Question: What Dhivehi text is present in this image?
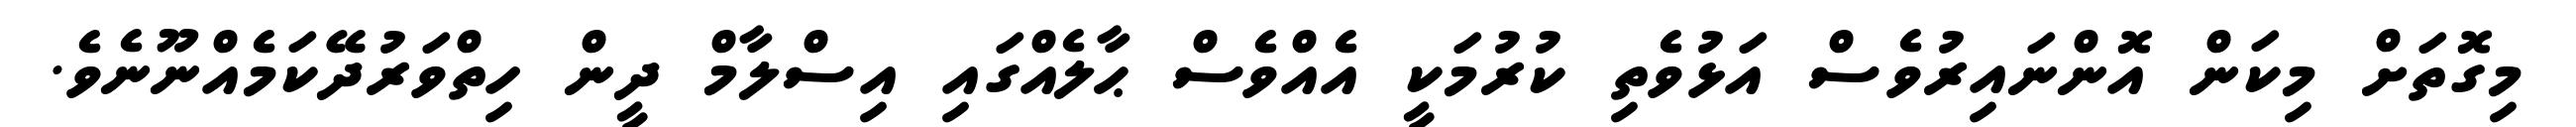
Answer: މިގޮތަށް މިކަން އޮންނައިރުވެސް އަޅުވެތި ކުރުމަކީ އެއްވެސް ޙާލެއްގައި އިސްލާމް ދީން ހިތްވަރުދޭކަމެއްނޫނެވެ.